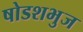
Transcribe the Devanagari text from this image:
षोडशभुज